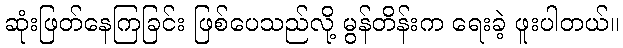
ဆုံးဖြတ်နေကြခြင်း ဖြစ်ပေသည်လို့ မွန်တိန်းက ရေးခဲ့ ဖူးပါတယ်။